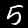
Label: 5